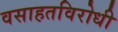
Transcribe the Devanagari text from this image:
वसाहतविरोधी